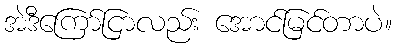
အဲဒီကြော်ငြာလည်း အောင်မြင်တာပဲ။